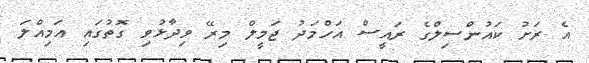
އެ ރަށު ކައުންސިލްގެ ރައީސް އަހްމަދު ޖަމީލް މިރޭ ވިދާޅުވި ގޮތުގައި އަމިއްލަ